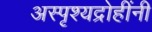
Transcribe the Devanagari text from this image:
अस्पृश्यद्रोहींनी